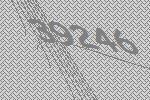
39246